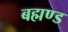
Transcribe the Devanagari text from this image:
बह्मण्ड